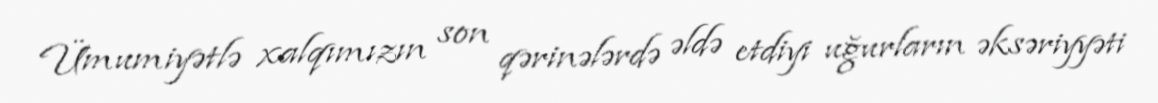
Ümumiyətlə xalqımızın son qərinələrdə əldə etdiyi uğurların əksəriyyəti